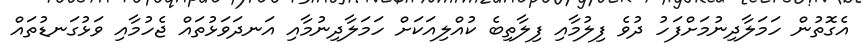
އެގޮތުން ހަމަލާދިނުމަށްފަހު ދުވެ ފިލުމާއި ފިލާތިބެ ކުއްލިއަކަށް ހަމަލާދިނުމާއި އަނދަވަޅުތައް ޖެހުމާއި ވަޅުގަނޑުތައް